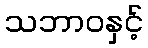
သဘာဝနှင့်